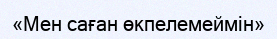
«Мен саған өкпелемеймін»